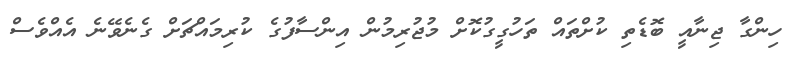
ހިންގާ ޖިނާއީ ބޮޑެތި ކުށްތައް ތަހުގީގުކޮށް މުޖުރިމުން އިންސާފުގެ ކުރިމައްޗަށް ގެނެވޭނެ އެއްވެސް